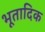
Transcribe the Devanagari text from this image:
भूतादिक